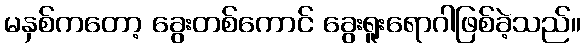
မနှစ်ကတော့ ခွေးတစ်ကောင် ခွေးရူးရောဂါဖြစ်ခဲ့သည်။